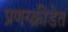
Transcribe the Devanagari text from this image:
प्रणय्क्रीडेत